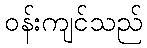
ဝန်းကျင်သည်